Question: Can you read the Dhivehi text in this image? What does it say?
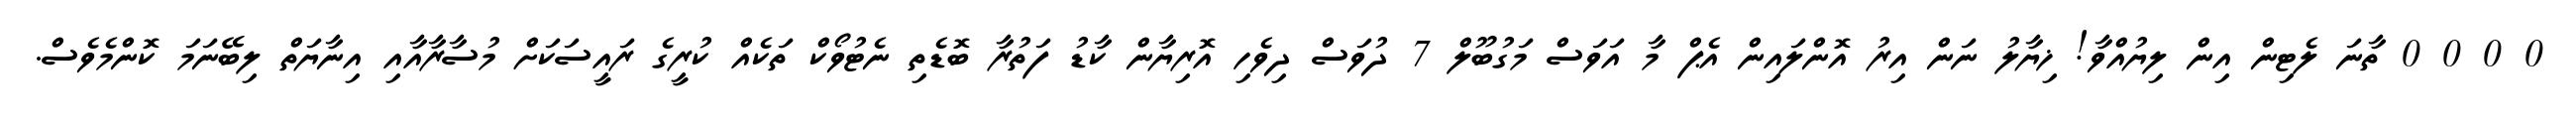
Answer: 0 0 0 0 ތާނަ ލެޓިން އިން ލިޔުއްވާ! ޚިޔާލު ނަން އިރު އޮންލައިން އެޕް މާ އަވަސް މަގުބޫލް 7 ދުވަސް ދިވެހި އޮރިޔާން ކާޑު ފަތުރާ ބޮޑެތި ނެޓުވޯކް ތަކެއް ކުރީގެ ރައީސަކަށް މުސާރާއާއި އިނާޔަތް ލިބޭނަމަ ކޮންމެވެސް.